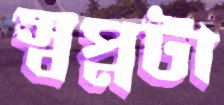
স্বপ্নটা